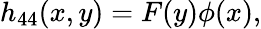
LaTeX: h_{44}(x,y)=F(y)\phi(x),